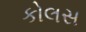
કોલસ